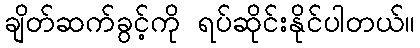
ချိတ်ဆက်ခွင့်ကို ရပ်ဆိုင်းနိုင်ပါတယ်။